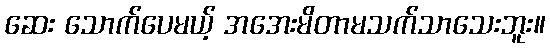
ဆေး သောက်ပေမယ့် အအေးမိတာမသက်သာသေးဘူး။